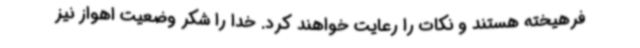
فرهیخته هستند و نکات را رعایت خواهند کرد. خدا را شکر وضعیت اهواز نیز